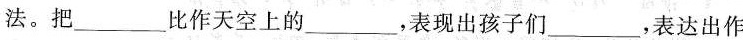
法。把___比作天空上的___，表现出孩子们___，表达出作